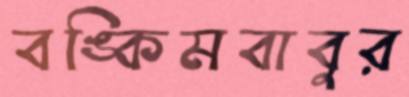
বঙ্কিমবাবুর